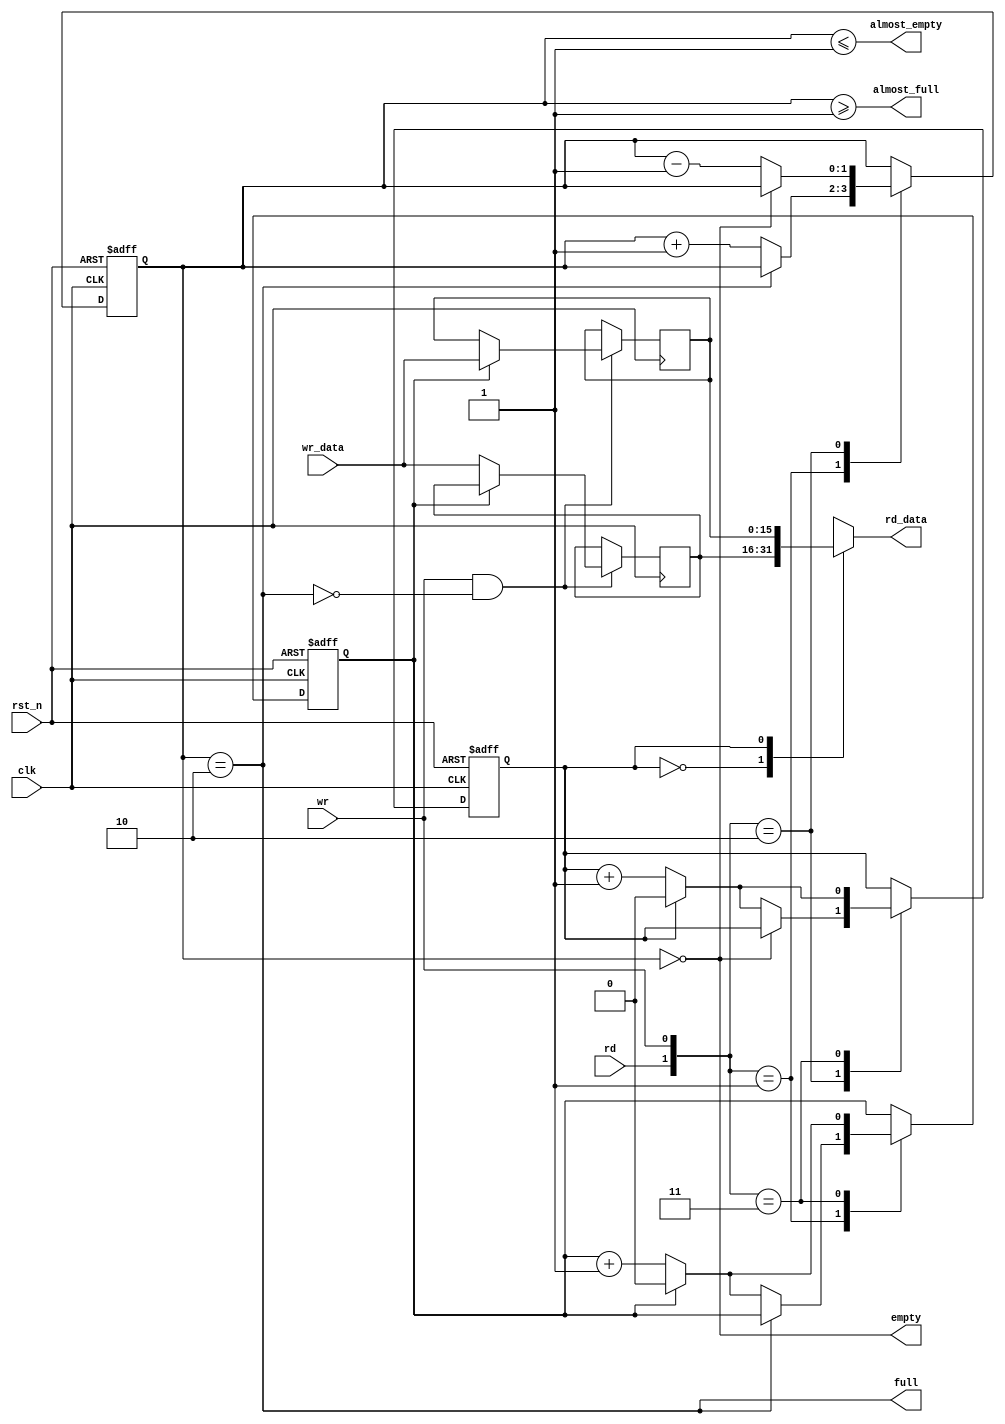
module efifo_module
   #(
      parameter                           DATA_WIDTH = 16,
      parameter                           DEPTH = 2
   )(
                                                                   clk,
                                                                   rd,
                                                                   rst_n,
                                                                   wr,
                                                                   wr_data,
                                                                   almost_empty,
                                                                   almost_full,
                                                                   empty,
                                                                   full,
                                                                   rd_data
                                                                )
;
  output                         almost_empty;
  output                         almost_full;
  output                         empty;
  output                         full;
  output  [ DATA_WIDTH - 1 : 0 ] rd_data;
  input                          clk;
  input                          rd;
  input                          rst_n;
  input                          wr;
  input   [ DATA_WIDTH - 1 : 0 ] wr_data;
  wire             almost_empty;
  wire             almost_full;
  wire             empty;
  reg     [      DEPTH - 1 : 0 ] entries;
  reg     [ DATA_WIDTH - 1 : 0 ] entry_0;
  reg     [ DATA_WIDTH - 1 : 0 ] entry_1;
  wire             full;
  reg              rd_address;
  reg     [ DATA_WIDTH - 1 : 0 ] rd_data;
  wire    [  1: 0] rdwr;
  reg              wr_address;
  assign rdwr = {rd, wr};
  assign full = entries == DEPTH;
  assign almost_full = entries >= DEPTH - 1;
  assign empty = entries == 0;
  assign almost_empty = entries <= DEPTH - 1;
  always @(entry_0 or entry_1 or rd_address)
    begin
      case (rd_address) 
          1'd0: begin
              rd_data = entry_0;
          end 
          1'd1: begin
              rd_data = entry_1;
          end 
          default: begin
          end 
      endcase 
    end
  always @(posedge clk or negedge rst_n)
    begin
      if (rst_n == 0)
        begin
          wr_address <= 0;
          rd_address <= 0;
          entries <= 0;
        end
      else 
        case (rdwr) 
            2'd1: begin
                if (!full)
                  begin
                    entries <= entries + 1;
                    wr_address <= (wr_address == 1) ? 0 : (wr_address + 1);
                  end
            end 
            2'd2: begin
                if (!empty)
                  begin
                    entries <= entries - 1;
                    rd_address <= (rd_address == 1) ? 0 : (rd_address + 1);
                  end
            end 
            2'd3: begin
                wr_address <= (wr_address == 1) ? 0 : (wr_address + 1);
                rd_address <= (rd_address == 1) ? 0 : (rd_address + 1);
            end 
            default: begin
            end 
        endcase 
    end
  always @(posedge clk)
    begin
      if (wr & !full)
          case (wr_address) 
              1'd0: begin
                  entry_0 <= wr_data;
              end 
              1'd1: begin
                  entry_1 <= wr_data;
              end 
              default: begin
              end 
          endcase 
    end
endmodule